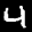
Label: 4